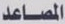
المصاعد